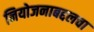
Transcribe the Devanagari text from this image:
नियोजनाबद्दलचा